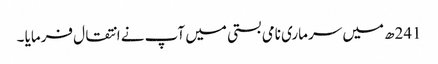
241ھ میں سرماری نامی بستی میں آپ نے انتقال فرمایا ۔